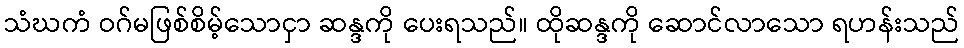
သံဃကံ ဝဂ်မဖြစ်စိမ့်သောငှာ ဆန္ဒကို ပေးရသည်။ ထိုဆန္ဒကို ဆောင်လာသော ရဟန်းသည်